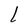
Character: l